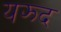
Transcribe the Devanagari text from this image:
यझ्द